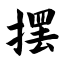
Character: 摆